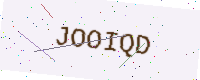
Text: JOOIQD